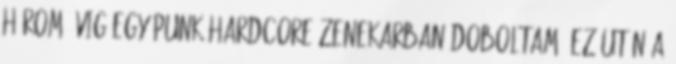
három évig egy punk-hardcore zenekarban doboltam. Ez után a